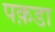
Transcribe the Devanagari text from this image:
पक़डा